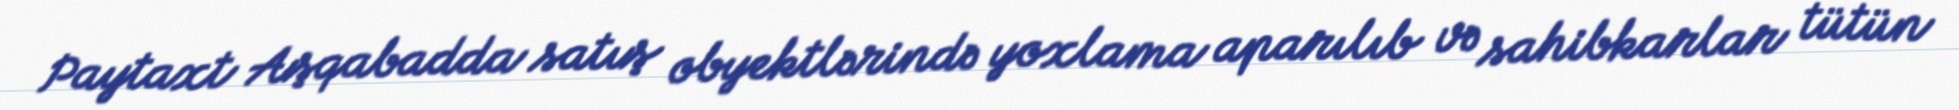
Paytaxt Aşqabadda satış obyektlərində yoxlama aparılıb və sahibkarlar tütün